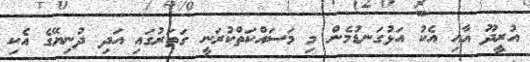
އުރީދޫ އާއި އެކު އަޅުގަނޑުމެން މި މަސައްކަތްކުރަނީ ގަތަރުގައި އަދި ދުނިޔޭގެ އެކި